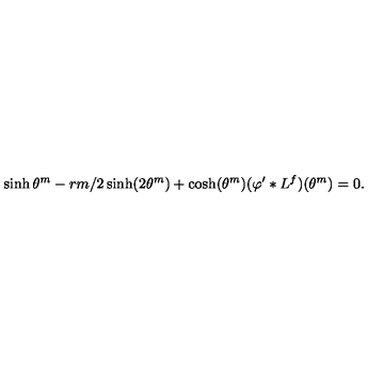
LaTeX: \sinh \theta ^ { m } - r m / 2 \sinh ( 2 \theta ^ { m } ) + \cosh ( \theta ^ { m } ) ( \varphi ^ { \prime } * L ^ { f } ) ( \theta ^ { m } ) = 0 .